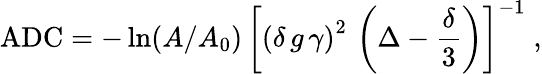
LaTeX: \mathrm{ADC}=-\ln(A/A_{0})\, \left[\left(\delta\, g\, \gamma\right)^{2}\, \left(\Delta-\frac{\delta}{3}\right)\right]^{-1}\; ,